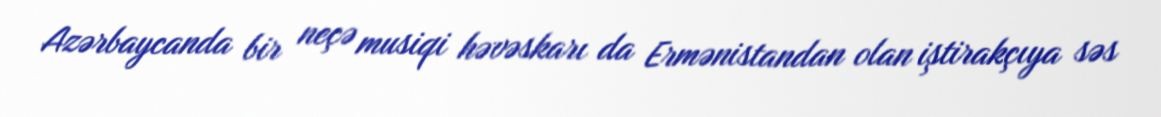
Azərbaycanda bir neçə musiqi həvəskarı da Ermənistandan olan iştirakçıya səs